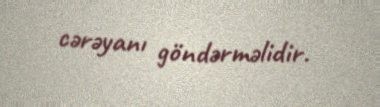
cərəyanı göndərməlidir.